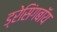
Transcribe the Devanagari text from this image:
ड्रेसिंगबॉय